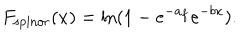
F _ { \mathrm { s p i n o r } } ( x ) = \ln ( 1 - e ^ { - a _ { f } } e ^ { - b x } ) .